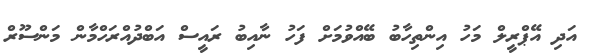
އަދި އޭޕްރީލް މަހު އިންތިހާބު ބޭއްވުމަށް ފަހު ނާއިބު ރައީސް އަބްދުއްރަހްމާން މަންސޫރް